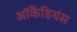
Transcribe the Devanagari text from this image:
ऑर्कैडियंस